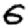
Digit: 6